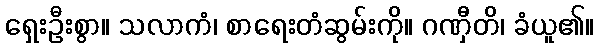
ရှေးဦးစွာ။ သလာကံ၊ စာရေးတံဆွမ်းကို။ ဂဏှီတိ၊ ခံယူ၏။